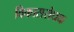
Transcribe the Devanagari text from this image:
विकासरोधक